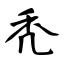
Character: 秃